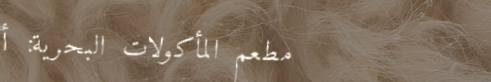
مطعم المأكولات البحرية: أ